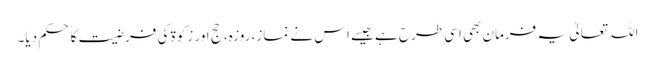
اللہ تعالیٰ یہ فرمان بھی اسی طرح ہے جیسے اس نے نماز، روزہ، حج اور زکوۃ کی فرضیت کا حکم دیا۔